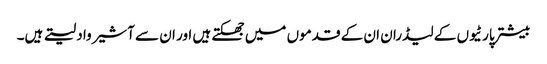
بیشتر پارٹیوں کے لیڈران ان کے قدموں میں جھکتے ہیں اور ان سے آشیرواد لیتے ہیں۔